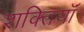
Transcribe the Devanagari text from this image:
शक्तियॉं